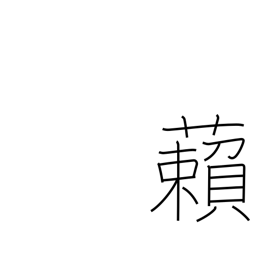
Meaning: cover